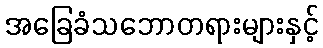
အခြေခံသဘောတရားများနှင့်